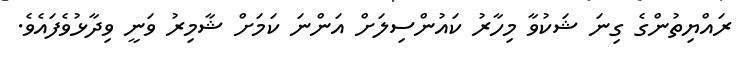
ރައްޔިތުންގެ ގިނަ ޝަކުވާ މިހާރު ކައުންސިލަށް އަންނަ ކަމަށް ޝާމިރު ވަނީ ވިދާޅުވެފައެވެ.